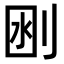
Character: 𠜟